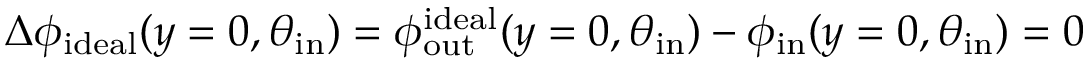
\Delta \phi _ { \mathrm { i d e a l } } ( y = 0 , \theta _ { \mathrm { i n } } ) = \phi _ { \mathrm { o u t } } ^ { \mathrm { i d e a l } } ( y = 0 , \theta _ { \mathrm { i n } } ) - \phi _ { \mathrm { i n } } ( y = 0 , \theta _ { \mathrm { i n } } ) = 0